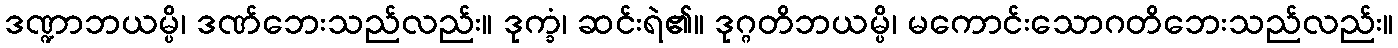
ဒဏ္ဍာဘယမ္ပိ၊ ဒဏ်ဘေးသည်လည်း။ ဒုက္ခံ၊ ဆင်းရဲ၏။ ဒုဂ္ဂတိဘယမ္ပိ၊ မကောင်းသောဂတိဘေးသည်လည်း။